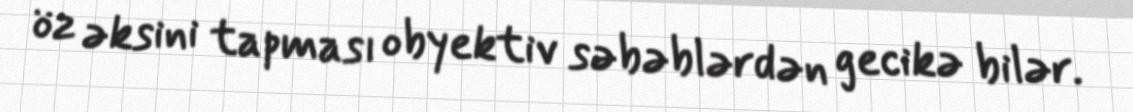
öz əksini tapması obyektiv səbəblərdən gecikə bilər.